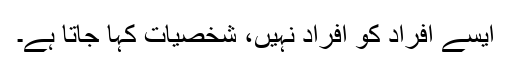
ایسے افراد کو افراد نہیں، شخصیات کہا جاتا ہے۔